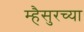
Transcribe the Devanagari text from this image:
म्हैसुरच्या